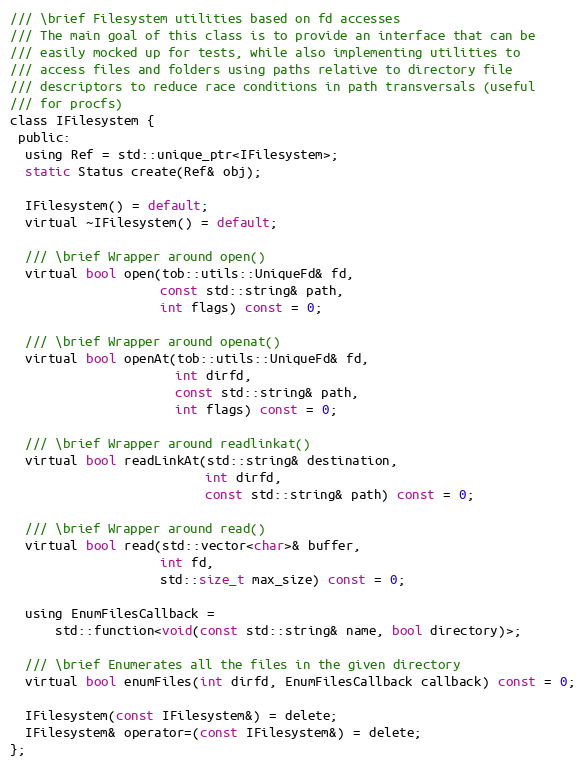
Language: C
/// \brief Filesystem utilities based on fd accesses
/// The main goal of this class is to provide an interface that can be
/// easily mocked up for tests, while also implementing utilities to
/// access files and folders using paths relative to directory file
/// descriptors to reduce race conditions in path transversals (useful
/// for procfs)
class IFilesystem {
 public:
  using Ref = std::unique_ptr<IFilesystem>;
  static Status create(Ref& obj);

  IFilesystem() = default;
  virtual ~IFilesystem() = default;

  /// \brief Wrapper around open()
  virtual bool open(tob::utils::UniqueFd& fd,
                    const std::string& path,
                    int flags) const = 0;

  /// \brief Wrapper around openat()
  virtual bool openAt(tob::utils::UniqueFd& fd,
                      int dirfd,
                      const std::string& path,
                      int flags) const = 0;

  /// \brief Wrapper around readlinkat()
  virtual bool readLinkAt(std::string& destination,
                          int dirfd,
                          const std::string& path) const = 0;

  /// \brief Wrapper around read()
  virtual bool read(std::vector<char>& buffer,
                    int fd,
                    std::size_t max_size) const = 0;

  using EnumFilesCallback =
      std::function<void(const std::string& name, bool directory)>;

  /// \brief Enumerates all the files in the given directory
  virtual bool enumFiles(int dirfd, EnumFilesCallback callback) const = 0;

  IFilesystem(const IFilesystem&) = delete;
  IFilesystem& operator=(const IFilesystem&) = delete;
};